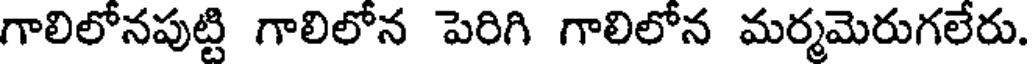
గాలిలోనపుట్టి గాలిలోన పెరిగి గాలిలోన మర్మమెరుగలేరు.